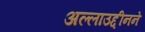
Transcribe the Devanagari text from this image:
अल्लाउद्दीनने